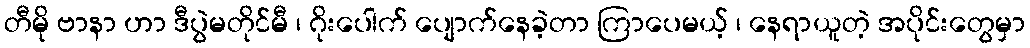
တီမို ဗာနာ ဟာ ဒီပွဲမတိုင်မီ ၊ ဂိုးပေါက် ပျောက်နေခဲ့တာ ကြာပေမယ့် ၊ နေရာယူတဲ့ အပိုင်းတွေမှာ